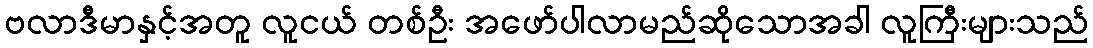
ဗလာဒီမာနှင့်အတူ လူငယ် တစ်ဦး အဖော်ပါလာမည်ဆိုသောအခါ လူကြီးများသည်